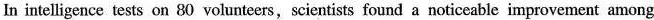
In intelligence tests on 80 volunteers,scientists found anoticeable improvement among